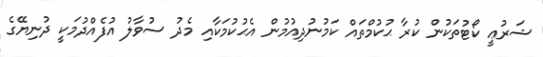
ޝަރުޢީ ކޯޓުތަކުން ކުރާ ޙުކުމްތައް ކަމުނުދިއުމުން އެޙުކުމަކާއި މެދު ސުވާލު އުފެއްދުމަކީ ދުނިޔޭގެ